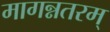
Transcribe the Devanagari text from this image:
मागन्नतरम्